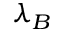
\lambda _ { B }